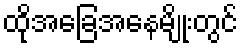
ထိုအခြေအနေမျိုးတွင်